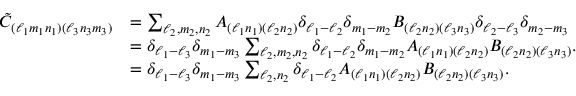
\begin{array} { r l } { \tilde { C } _ { ( \ell _ { 1 } m _ { 1 } n _ { 1 } ) ( \ell _ { 3 } n _ { 3 } m _ { 3 } ) } } & { = \sum _ { \ell _ { 2 } , m _ { 2 } , n _ { 2 } } A _ { ( \ell _ { 1 } n _ { 1 } ) ( \ell _ { 2 } n _ { 2 } ) } \delta _ { \ell _ { 1 } - \ell _ { 2 } } \delta _ { m _ { 1 } - m _ { 2 } } B _ { ( \ell _ { 2 } n _ { 2 } ) ( \ell _ { 3 } n _ { 3 } ) } \delta _ { \ell _ { 2 } - \ell _ { 3 } } \delta _ { m _ { 2 } - m _ { 3 } } } \\ & { = \delta _ { \ell _ { 1 } - \ell _ { 3 } } \delta _ { m _ { 1 } - m _ { 3 } } \sum _ { \ell _ { 2 } , m _ { 2 } , n _ { 2 } } \delta _ { \ell _ { 1 } - \ell _ { 2 } } \delta _ { m _ { 1 } - m _ { 2 } } A _ { ( \ell _ { 1 } n _ { 1 } ) ( \ell _ { 2 } n _ { 2 } ) } B _ { ( \ell _ { 2 } n _ { 2 } ) ( \ell _ { 3 } n _ { 3 } ) } . } \\ & { = \delta _ { \ell _ { 1 } - \ell _ { 3 } } \delta _ { m _ { 1 } - m _ { 3 } } \sum _ { \ell _ { 2 } , n _ { 2 } } \delta _ { \ell _ { 1 } - \ell _ { 2 } } A _ { ( \ell _ { 1 } n _ { 1 } ) ( \ell _ { 2 } n _ { 2 } ) } B _ { ( \ell _ { 2 } n _ { 2 } ) ( \ell _ { 3 } n _ { 3 } ) } . } \end{array}